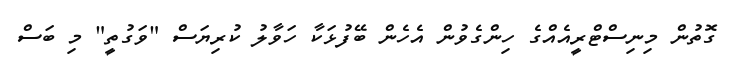
ގޮތުން މިނިސްޓްރީއެއްގެ ހިންގެވުން އެހެން ބޭފުޅަކާ ހަވާލު ކުރިޔަސް "ވަގުތީ" މި ބަސް